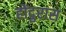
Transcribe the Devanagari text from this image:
होंदुरास